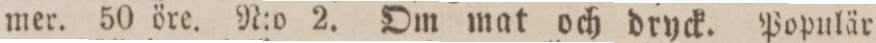
mer. 50 öre. N:o 2. Om mat och dryck. Populär